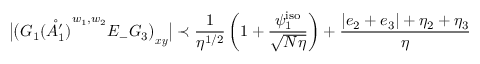
\big | \big ( G _ { 1 } \mathring { ( A _ { 1 } ^ { \prime } ) } ^ { w _ { 1 } , w _ { 2 } } E _ { - } G _ { 3 } \big ) _ { \boldsymbol { x } \boldsymbol { y } } \big | \prec \frac { 1 } { \eta ^ { 1 / 2 } } \left( 1 + \frac { \psi _ { 1 } ^ { \mathrm { i s o } } } { \sqrt { N \eta } } \right) + \frac { | e _ { 2 } + e _ { 3 } | + \eta _ { 2 } + \eta _ { 3 } } { \eta }